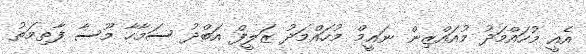
އެއީ މުހައްމަދު މުއައްޒިން ނައީމް މުހައްމަދު ޒަލީފް އަބްދު ސަމާހާ މޫސާ ފާތިމަތު